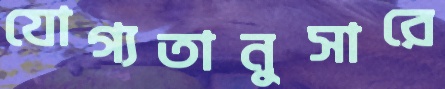
যোগ্যতানুসারে